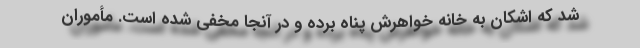
شد که اشکان به خانه خواهرش پناه برده و در آنجا مخفی شده است. مأموران